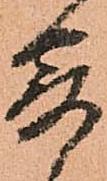
寄